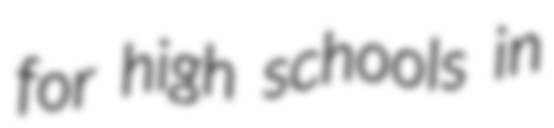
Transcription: for high schools in